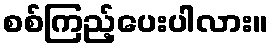
စစ်ကြည့်ပေးပါလား။